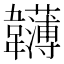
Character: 𩏵